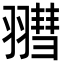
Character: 𦒄